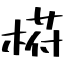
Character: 﨓